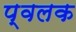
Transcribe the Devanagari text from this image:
प्वलक